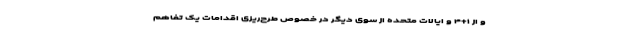
و از ۱+۴ و ایالات متحده از سوی دیگر در خصوص طرح‌ریزی اقدامات یک تفاهم